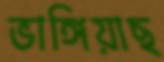
ভাঙ্গিয়াছ